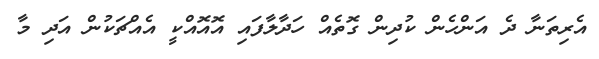
އެރިތަނާ ދެ އަންހެން ކުދިން ގޮތެއް ހަދާލާފައި އޮއޮއްކީ އެއްޗަކުން އަދި މާ